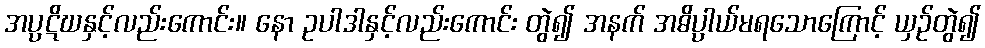
အပ္ပဋိဃနှင့်လည်းကောင်း။ နော ဥပါဒါနှင့်လည်းကောင်း တွဲ၍ အနက် အဓိပ္ပာယ်မရသောကြောင့် ယှဉ်တွဲ၍